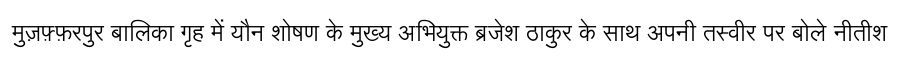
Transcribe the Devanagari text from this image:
मुज़फ़्फ़रपुर बालिका गृह में यौन शोषण के मुख्य अभियुक्त ब्रजेश ठाकुर के साथ अपनी तस्वीर पर बोले नीतीश